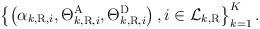
LaTeX: \begin{align*} \left\{ {\left( {{\alpha _{{k,{\rm{R}}},i}},\Theta _{{k,{\rm{R}}},i}^{\rm{A}},\Theta _{{k,{\rm{R}}},i}^{\rm{D}}} \right),i \in {{\mathcal L}_{{k,{\rm{R}}}}}} \right\}_{k = 1}^K.\end{align*}